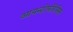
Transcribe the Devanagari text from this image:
आयन्टोफोरेसिस